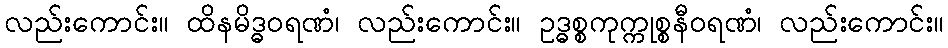
လည်းကောင်း။ ထိနမိဒ္ဓဝရဏံ၊ လည်းကောင်း။ ဥဒ္ဓစ္စကုက္ကုစ္စနီဝရဏံ၊ လည်းကောင်း။